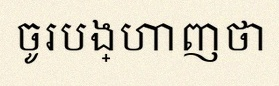
ចូរបង្ហាញថា